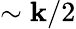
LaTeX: \sim\mathbf{k}/2